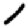
Digit: 1